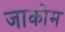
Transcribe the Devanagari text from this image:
जाकोम